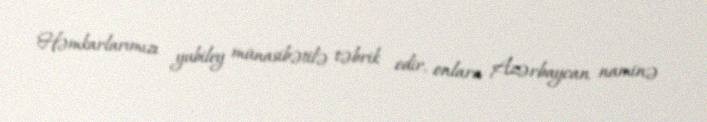
Həmkarlarımızı yubiley münasibətilə təbrik edir, onlara Azərbaycan naminə